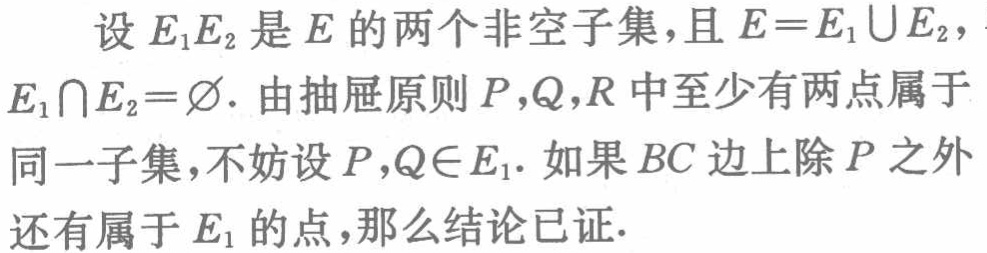
设\(E_1E_2\)是\(E\)的两个非空子集，且\(E = E_1\cup E_2\)，\(E_1\cap E_2=\varnothing\). 由抽屉原则\(P,Q,R\)中至少有两点属于同一子集，不妨设\(P,Q\in E_1\). 如果\(BC\)边上除\(P\)之外还有属于\(E_1\)的点，那么结论已证.